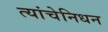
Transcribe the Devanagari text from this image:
त्यांचेनिधन